Report on vaccination in the Province of Bengal - 1874-1889
Year: 1874
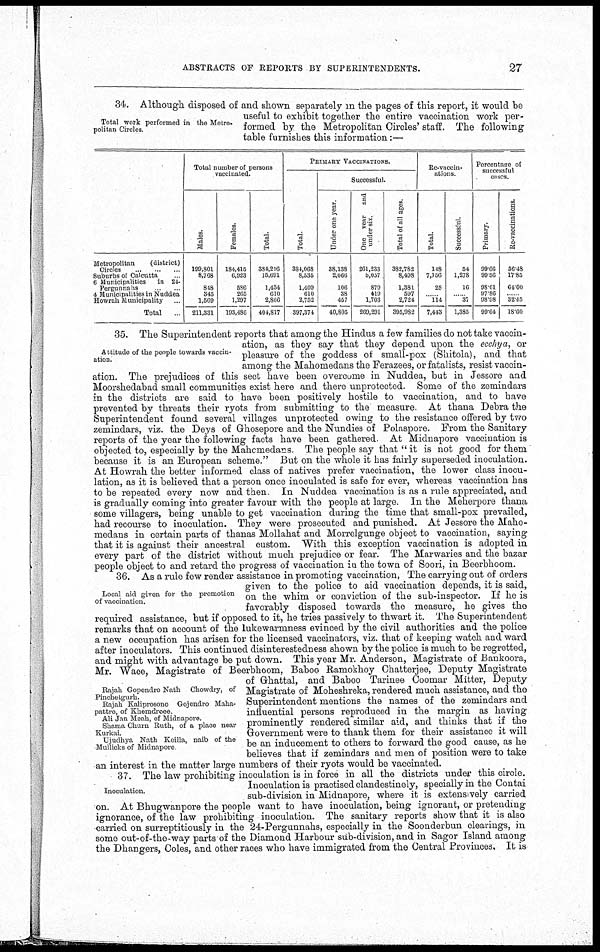
ABSTRACTS OF REPORTS BY SUPERINTENDENTS.
27
Total work performed in the Metro-
politan Circles.
34. Although disposed of and shown separately in the pages of this report, it would be
useful to exhibit together the entire vaccination work per-
formed by the Metropolitan Circles' staff. The following
table furnishes this information:—
Metropolitan
(district)
Circles...
...
...
Suburbs of Calcutta...
6 Municipalities
in 24
Total...
Total number of persons
vaccinated.
Males.
199,801
8,768
848
345
1,569
211,331
Females.
184,415
6,923
586
265
1,297
193,486
Total.
384,216
15,691
1,434
610
2,866
404,817
PRIMARY VACCINATIONS.
Total
384,068
8,535
1,409
610
2,752
397,374
Successful.
Under one year
38,138
2,066
106
38
457
40,805
One vear and
under six.
261,233
6,057
879
419
1,703
269,291
Total of all ages.
382,782
8,498
1,381
597
2,724
395,982
Re-vaccin-
ations.
Total.
148
7,156
25
...
114
7,443
Successful
54
1,278
16
...
37
1,385
Percentage of
successful
cases.
Primary.
99.66
99.56
98.01
97.86
98.98
99.64
Re-vaccinations.
36.48
17.85
64.00
...
32.45
13.60
Attitude of the people towards vaccin-
ation.
35. The Superintendent reports that among the Hindus a few families do not take vaccin-
ation, as they say that they depend upon the ecchya, or
pleasure of the goddess of small-pox (Shitola), and that
among the Mahomedans the Ferazees, or fatalists, resist vaccin-
ation. The prejudices of this sect have been overcome in Nuddea, but in Jessore and
Moorshedabad small communities exist here and there unprotected. Some of the zemindars
in the districts are said to have been positively hostile to vaccination, and to have
prevented by threats their ryots from submitting to the measure. At thana Debra the
Superintendent found several villages unprotected owing to the resistance offered by two
zemindars, viz. the Deys of Ghosepore and the Nundies of Polaspore. From the Sanitary
reports of the year the following facts have been gathered. At Midnapore vaccination is
objected to, especially by the Mahomedans The people say that "it is not good for them
because it is an European scheme." But on the whole it has fairly superseded inoculation.
At Howrah the better informed class of natives prefer vaccination, the lower class inocu-
lation, as it is believed that a person once inoculated is safe for ever, whereas vaccination has
to be repeated every now and then. In Nuddea vaccination is as a rule appreciated, and
is gradually coming into greater favour with the people at large In the Meherpore thana
some villagers, being unable to get vaccination during the time that small-pox prevailed,
had recourse to inoculation. They were prosecuted and punished. At Jessore the Maho-
medans in certain parts of thanas Mollahat and Morrelgunge object to vaccination, saying
that it is against their ancestral custom. With this exception vaccination is adopted in
every part of the district without much prejudice or fear. The Marwaries and the bazar
people object to and retard the progress of vaccination in the town of Soori, in Beerbhoom.
Local aid given for the promotion
of vaccination.
Rajah Gopendro Nath Chowdry, of
Pincnetgurh.
Rajah Kahpiosono Gojendro Maha-
pattro, of Khemdioee
Ali Jan Meah, of Midnapore.
Shama Churn Ruth, of a place near
Kurkai.
Ujudhya Nath Koilla, naib of the
Mullicks of Midnapore
36. As a rule few render assistance in promoting vaccination, The carrying out of orders
given to the police to aid vaccination depends, it is said,
on the whim or conviction of the sub-inspector. If he is
favorably disposed towards the measure, he gives the
required assistance, but if opposed to it, he tries passively to thwart it. The Superintendent
remarks that on account of the lukewarmness evinced by the civil authorities and the police
a new occupation has arisen for the licensed vaccinators, viz. that of keeping watch and ward
after inoculators. This continued disinterestedness shown by the police is much to be regretted,
and might with advantage be put down. This year Mr. Anderson, Magistrate of Bankoora,
Mr. Wace, Magistrate of Beerbhoom, Baboo Ramokhoy Chatterjee, Deputy Magistrate
of Ghattal, and Baboo Tarinee Coomar Mitter, Deputy
Magistrate of Moheshreka, rendered much assistance, and the
Superintendent mentions the names of the zemindars and
influential persons reproduced in the margin as having
prominently rendered similar aid, and thinks that if the
Government were to thank them for their assistance it will
be an inducement to others to forward the good cause, as he
believes that if zemindars and men of position were to take
an interest in the matter large numbers of their ryots would be vaccinated.
Inoculation.
37. The law prohibiting inoculation is in force in all the districts under this circle.
Inoculation is practised clandestinely, specially in the Contai
sub-division in Midnapore, where it is extensively carried
on. At Bhugwanpore the people want to have inoculation, being ignorant, or pretending
ignorance, of the law prohibiting inoculation. The sanitary reports show that it is also
carried on surreptitiously in the 24-Pergunnahs, especially in the Soonderbun clearings, in
some out-of-the-way parts of the Diamond Harbour sub-division, and in Sagor Island among
the Dhangers, Coles, and other races who have immigrated from the Central Provinces. It is